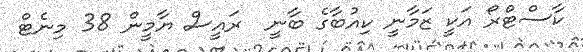
ކާސްޓްރޯ އަކީ ޒަމާނީ ކިއުބާގެ ބާނީ  ރައީސް ޔާމީން 38 މިނެޓް